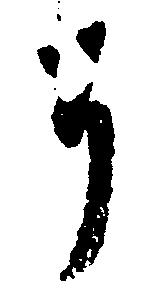
そ